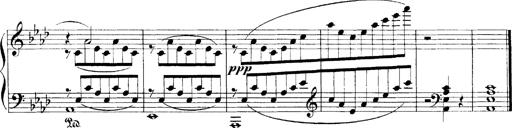
Title: LiebestrÃ¤ume
Composer: Franz Behr
Key: E-flat major